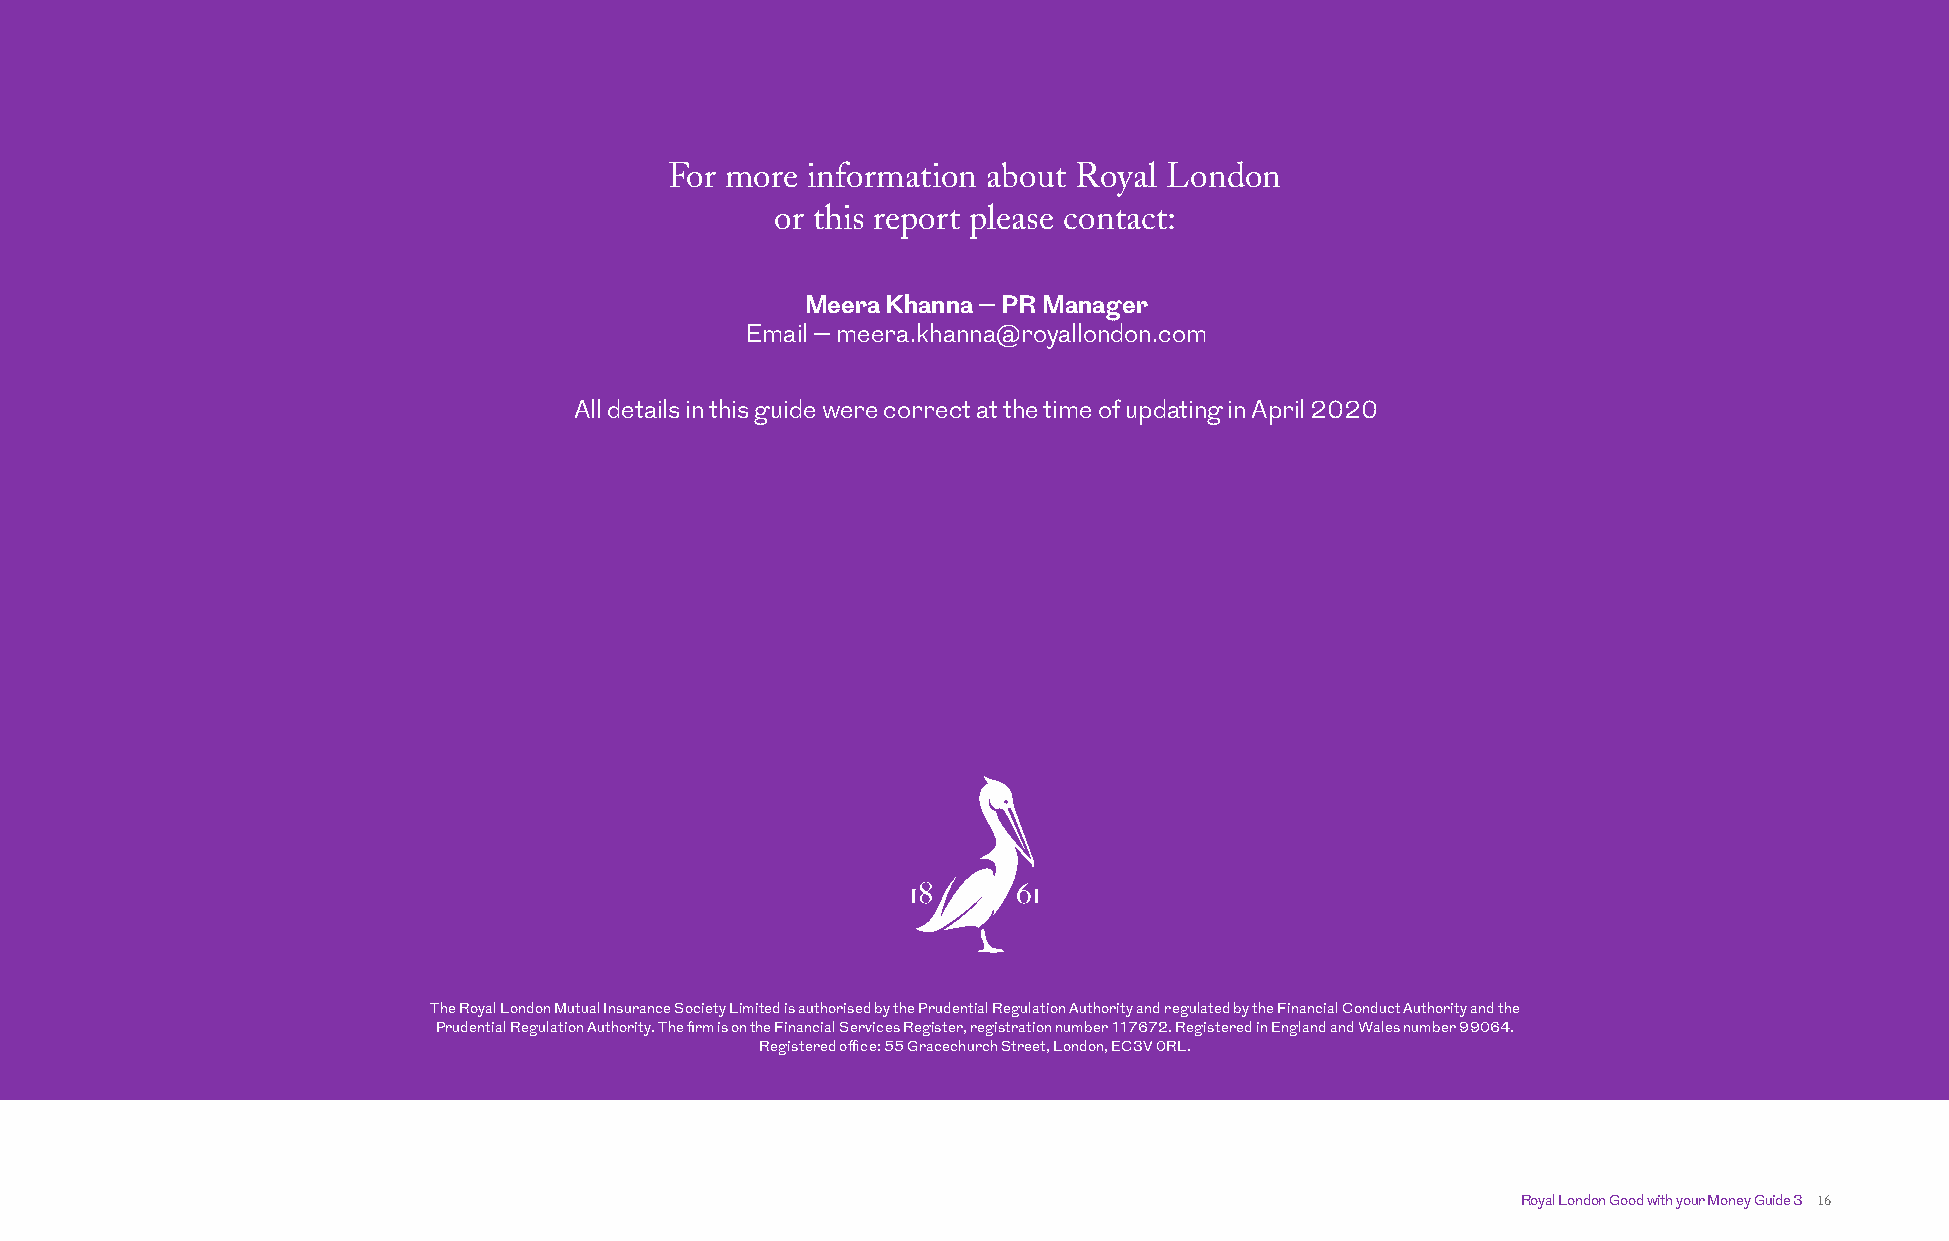
For more information about Royal London
 or this report please contact:
 Meera Khanna – PR Manager
 Email – meera.khanna@royallondon.com
 All details in this guide were correct at the time of updating in April 2020
 The Royal London Mutual Insurance Society Limited is authorised by the Prudential Regulation Authority and regulated by the Financial Conduct Authority and the
 Prudential Regulation Authority. The firm is on the Financial Services Register, registration number 117672. Registered in England and Wales number 99064.
 Registered office: 55 Gracechurch Street, London, EC3V 0RL.
 Royal London Good with your Money Guide 3 16